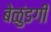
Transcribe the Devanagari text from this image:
बेळुंडगी